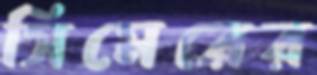
সিমেরের